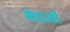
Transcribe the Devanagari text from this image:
संदसों